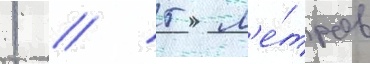
1 / 5 м'е́тров